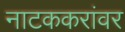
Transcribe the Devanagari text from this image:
नाटककरांवर